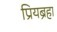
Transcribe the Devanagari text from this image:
प्रियब्रहा